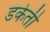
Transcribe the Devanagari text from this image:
डकेती